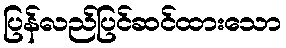
ပြန်လည်ပြင်ဆင်ထားသော